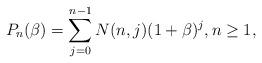
LaTeX: \begin{align*} P_n(\beta)=\sum_{j=0}^{n-1} N(n,j) (1+\beta)^{j},n \ge 1,\end{align*}